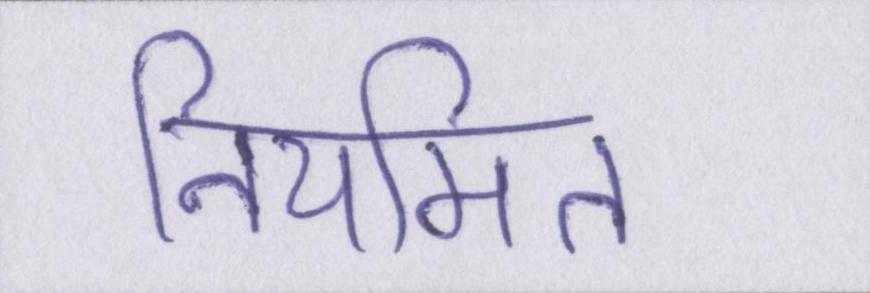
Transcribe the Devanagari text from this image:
नियमित